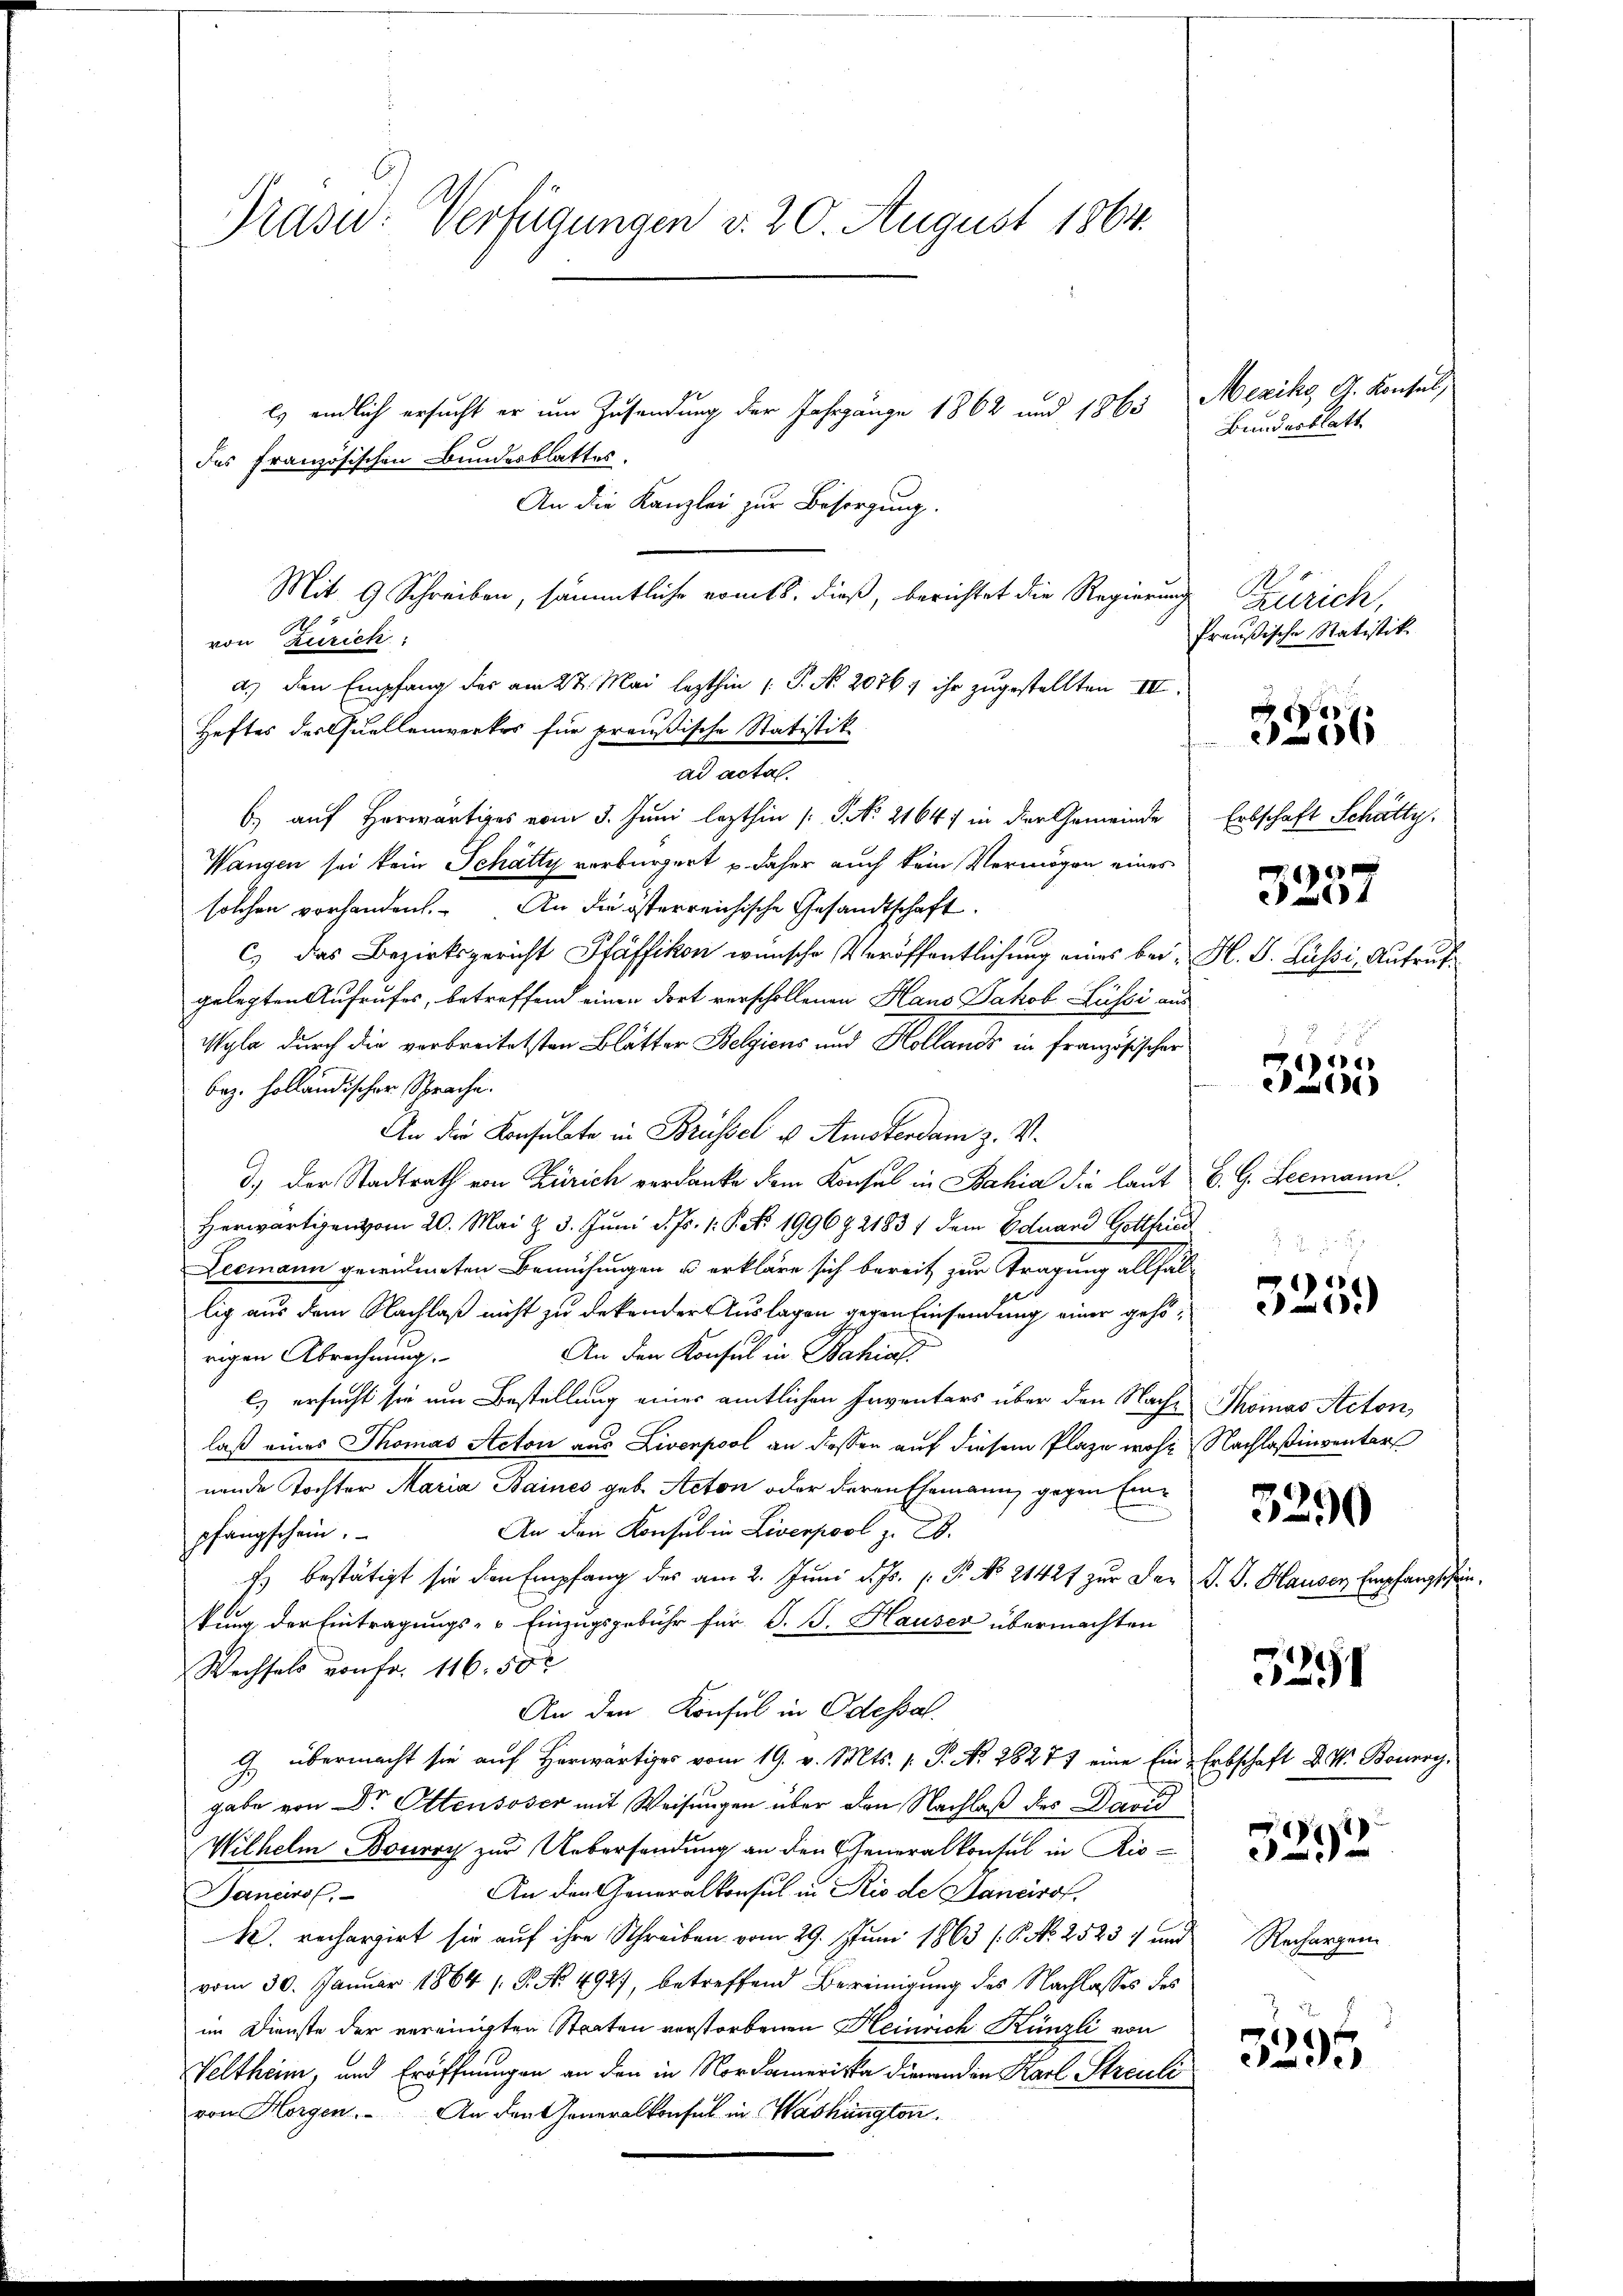
Präsid. Verfügungen v. 20. August 1864.

Es endlich ersucht er um Zusendung der Jahrgänge 1862 und 1863
das französischen Bundesblattes.
An die Kanzlei zur Besorgung.
Mit 9 Schreiben, sämmtliche vomts. dieß, berichtet die Regierung
von Zürich
a.) den Empfang der am 27. Mai lezthin ( P. Nr. 20767 ihr zugestellten III.
Heftes des Quellenwerkes für preußische Statistik
ad acta.
6) auf Horwärtiges vom 3. Juni lezthin (S. 21647 in der Gemeinde
Wangen sei kein Schätty verbürgert u. daher auch kein Vermögen eines
solchen vorhanden. An die österreichische Gesandtschaft.
c) das Bezirksgericht Pfäffikon wünsche Veröffentlichung eines bei H. B. Lüßi, Aufrufgelegten Aufrufes, betreffend einen dort verschollenen Hans Jakob Lussi aus
Wyla durch die verbreitetsten Blätter Belgiens und Kollands in französischer
bez. holländischer Sprache.
An die Konsulate in Brüssel v. Amsterdam z. S.
d.) Der Stadtrath von Zürich verdanke dem Konsul in Bahia die laut B. G. Leemann
Herwärtigen vom 20. Mai d. 3. Juni d. Js. 1. P. Nr. 199682183 / dem Eduard Gottfried
Leemann gewidmeten Bemühungen u erkläre sich bereit zur Tragung allfällig aus dem Nachlaß nicht zu dekender Auslagen gegen Einsendung einer gehö¬
An den Konsul in Bahia
rigen Abrechnung.
Es ersucht sie um Bestellung einer amtlichen Inventars über den Nache Thomas Acton
laß eines Thomas Acton aus Livenpool an dessen auf diesem Plaze wohl Nachlaßinventar
nende Tochter Maria Baines geb. Acton oder deren Ehemann, gegen Ein¬
An den Konsul in Liverpool z. B.
pfangschein.
Es bestätigt sie den Empfang des am 2. Juni d. Js. v. Pr. No 21427 zur Der J. G. Hauser Empfangscheinfung der Eintragungs- u Einzugsgebühr für J. J. Hauser übermachten
Wechsels von fr. 116. 50 x
An den Konsul in Odessat
G. übermacht sie auf Horwärtiges vom 19. v. Mts. v. P. N. 28277 eine Ein Erbschaft D. W. Bourg,
gabe von Dr. Ottensoser mit Weisungen über den Nachlaß des David
Wilhelm Boury zur Uebersendung an den Generalkonsul in Riso¬
An den Generalkonsul in Rio de Hancirof.
Janeiro
M. rechargirt sie auf ihre Schreiben vom 29. Juni 1863 (S. No 25237 und
vom 30. Januar 1864 ( P. No. 494), betreffend Bereinigung des Nachlasses des
im Dienste der vereinigten Staaten verstorbenen Heinrich Künzli von
Veltheim, und Eröffnungen an den in Nordamerika dienend in Karl Streuli
von Horgen. An den Generalkonsul in Washängten.

Mexiks G. Konsul,
Bundesblatt.

Zürich,
Preußische Ratistik.

3356

Erbschaft Schätte.
3237

e

1
1

3290

5291

e
32

Rechargen

3295